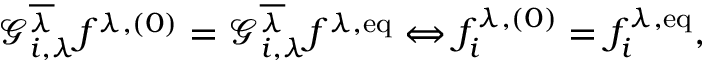
\mathcal { G } _ { i , \lambda } ^ { \overline { { \lambda } } } f ^ { \lambda , ( 0 ) } = \mathcal { G } _ { i , \lambda } ^ { \overline { { \lambda } } } f ^ { \lambda , \mathrm { e q } } \Leftrightarrow f _ { i } ^ { \lambda , ( 0 ) } = f _ { i } ^ { \lambda , \mathrm { e q } } ,